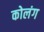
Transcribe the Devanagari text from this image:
कोलंग